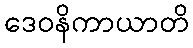
ဒေဝနိကာယာတိ